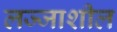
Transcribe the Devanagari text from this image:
लज्जाशील